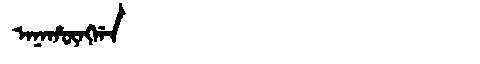
Manchu: ᠠᠨᠠᡥᡡᠩᡤᠠ
Romanization: ANAHŪNGGA